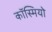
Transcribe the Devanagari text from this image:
कॉस्मियो